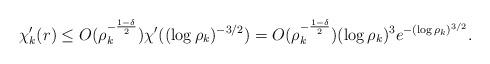
LaTeX: \begin{align*} \chi'_k(r) \leq O(\rho_{k}^{-\frac{1-\delta}{2}}) \chi'((\log \rho_k)^{-3/2}) = O(\rho_{k}^{-\frac{1-\delta}{2}}) (\log\rho_k)^{3} e^{-(\log \rho_k)^{3/2}}. \end{align*}